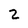
Character: 2